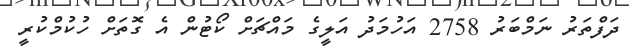
ދަފްތަރު ނަމްބަރު 2758 އަހުމަދު އަލީގެ މައްޗަށް ކޯޓުން އެ ގޮތަށް ހުކުމްކުރީ